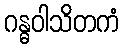
ဂန္ဓဝါသိတကံ